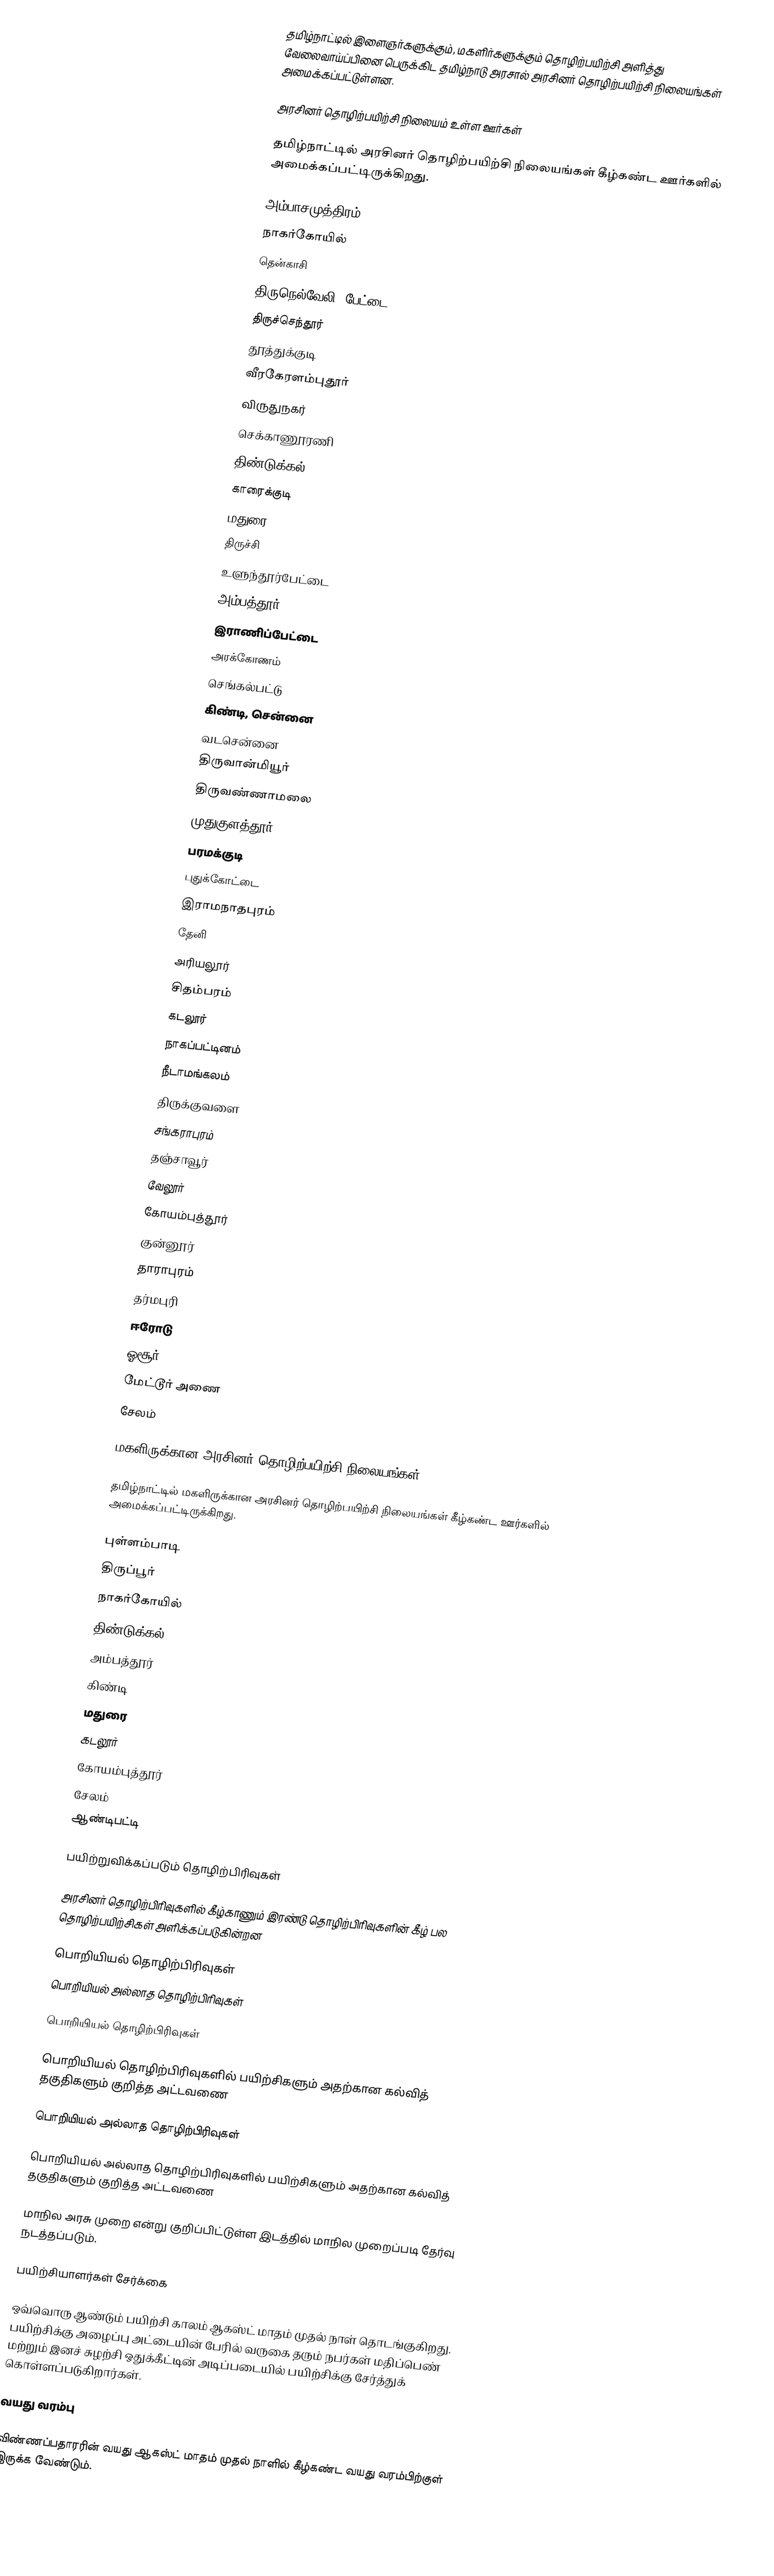
தமிழ்நாட்டில் இளைஞர்களுக்கும், மகளிர்களுக்கும் தொழிற்பயிற்சி அளித்து வேலைவாய்ப்பினை பெருக்கிட தமிழ்நாடு அரசால் அரசினர் தொழிற்பயிற்சி நிலையங்கள் அமைக்கப்பட்டுள்ளன.

அரசினர் தொழிற்பயிற்சி நிலையம் உள்ள ஊர்கள்

தமிழ்நாட்டில் அரசினர் தொழிற்பயிற்சி நிலையங்கள் கீழ்கண்ட ஊர்களில் அமைக்கப்பட்டிருக்கிறது.

 அம்பாசமுத்திரம்
 நாகர்கோயில்
 தென்காசி
 திருநெல்வேலி (பேட்டை)
 திருச்செந்தூர்
 தூத்துக்குடி
 வீரகேரளம்புதூர்
 விருதுநகர்
 செக்காணூரணி
 திண்டுக்கல்
 காரைக்குடி
 மதுரை
 திருச்சி
 உளுந்தூர்பேட்டை
 அம்பத்தூர்
 இராணிப்பேட்டை
 அரக்கோணம்
 செங்கல்பட்டு
 கிண்டி, சென்னை
 வடசென்னை
 திருவான்மியூர்
 திருவண்ணாமலை
 முதுகுளத்தூர்
 பரமக்குடி
 புதுக்கோட்டை
 இராமநாதபுரம்
 தேனி
 அரியலூர்
 சிதம்பரம்
 கடலூர்
 நாகப்பட்டினம்
 நீடாமங்கலம்
 திருக்குவளை
 சங்கராபுரம்
 தஞ்சாவூர்
 வேலூர்
 கோயம்புத்தூர்
 குன்னூர்
 தாராபுரம்
 தர்மபுரி
 ஈரோடு
 ஓசூர்
 மேட்டூர் அணை
 சேலம்

மகளிருக்கான அரசினர் தொழிற்பயிற்சி நிலையங்கள்

தமிழ்நாட்டில் மகளிருக்கான அரசினர் தொழிற்பயிற்சி நிலையங்கள் கீழ்கண்ட ஊர்களில் அமைக்கப்பட்டிருக்கிறது.

 புள்ளம்பாடி
 திருப்பூர்
 நாகர்கோயில்
 திண்டுக்கல்
 அம்பத்தூர்
 கிண்டி
 மதுரை
 கடலூர்
 கோயம்புத்தூர்
 சேலம்
 ஆண்டிபட்டி

பயிற்றுவிக்கப்படும் தொழிற்பிரிவுகள்

அரசினர் தொழிற்பிரிவுகளில் கீழ்காணும் இரண்டு தொழிற்பிரிவுகளின் கீழ் பல தொழிற்பயிற்சிகள் அளிக்கப்படுகின்றன

பொறியியல் தொழிற்பிரிவுகள்
பொறியியல் அல்லாத தொழிற்பிரிவுகள்

பொறியியல் தொழிற்பிரிவுகள்

பொறியியல் தொழிற்பிரிவுகளில் பயிற்சிகளும் அதற்கான கல்வித் தகுதிகளும் குறித்த அட்டவணை

பொறியியல் அல்லாத தொழிற்பிரிவுகள்

பொறியியல் அல்லாத தொழிற்பிரிவுகளில் பயிற்சிகளும் அதற்கான கல்வித் தகுதிகளும் குறித்த அட்டவணை

 மாநில அரசு முறை என்று குறிப்பிட்டுள்ள இடத்தில் மாநில முறைப்படி தேர்வு நடத்தப்படும்.

பயிற்சியாளர்கள் சேர்க்கை

ஒவ்வொரு ஆண்டும் பயிற்சி காலம் ஆகஸ்ட் மாதம் முதல் நாள் தொடங்குகிறது. பயிற்சிக்கு அழைப்பு அட்டையின் பேரில் வருகை தரும் நபர்கள் மதிப்பெண் மற்றும் இனச் சுழற்சி ஒதுக்கீட்டின் அடிப்படையில் பயிற்சிக்கு சேர்த்துக் கொள்ளப்படுகிறார்கள்.

வயது வரம்பு

விண்ணப்பதாரரின் வயது ஆகஸ்ட் மாதம் முதல் நாளில் கீழ்கண்ட வயது வரம்பிற்குள் இருக்க வேண்டும்.